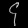
Digit: ၄